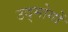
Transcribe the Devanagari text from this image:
उद्मोगों